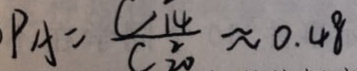
P A = \frac { C _ { 1 4 } } { C _ { 2 0 } ^ { 2 } } \approx 0 . 4 8